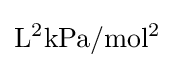
\mathrm {L^{2}kPa/mol^{2}}